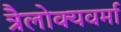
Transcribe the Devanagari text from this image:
त्रैलोक्यवर्मा